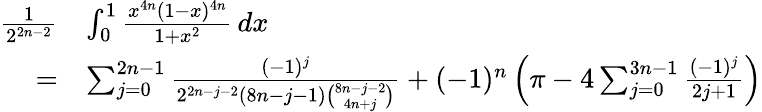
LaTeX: {\begin{array}{rl}{{\frac{1}{2^{2n-2}}}}&{\int_{0}^{1}{\frac{x^{4n}(1-x)^{4n}}{1+x^{2}}}\, dx}\\ {=}&{\sum_{j=0}^{2n-1}{\frac{(-1)^{j}}{2^{2n-j-2}(8n-j-1){\binom{8n-j-2}{4n+j}}}}+(-1)^{n}\left(\pi-4\sum_{j=0}^{3n-1}{\frac{(-1)^{j}}{2j+1}}\right)}\end{array}}